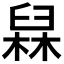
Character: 𰯸